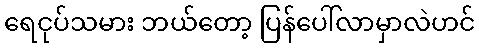
ရေငုပ်သမား ဘယ်တော့ ပြန်ပေါ်လာမှာလဲဟင်